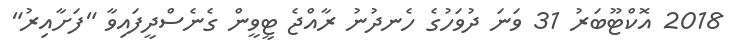
2018 އޮކްޓޫބަރު 31 ވަނަ ދުވަހުގެ ހެނދުނު ރާއްޖެ ޓީވީން ގެނެސްދީފައިވާ "ފަށާއިރު"